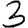
Digit: 3